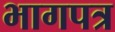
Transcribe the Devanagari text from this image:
भागपत्र